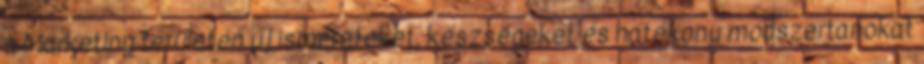
a Marketing területén új ismereteket, készségeket és hatékony módszertanokat